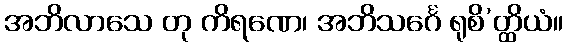
အဘိလာသေ တု ကိရဏေ၊ အဘိသင်္ဂေ ရုစိ’တ္ထိယံ။